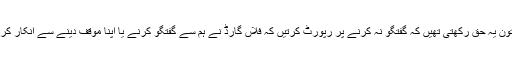
خاتون یہ حق رکھتی تھیں کہ گفتگو نہ کرنے پر رپورٹ کرتیں کہ فلاں گارڈ نے ہم سے گفتگو کرنے یا اپنا موقف دینے سے انکار کردیا۔